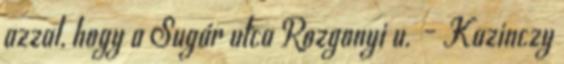
azzal, hogy a Sugár utca Rozgonyi u. – Kazinczy